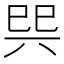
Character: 巺